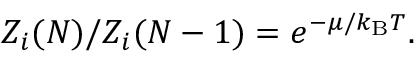
Z _ { i } ( N ) / Z _ { i } ( N - 1 ) = e ^ { - \mu / k _ { \mathrm { { B } } } T } .